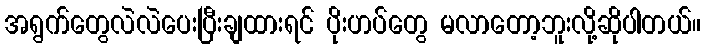
အရွက်တွေလဲလဲပေးပြီးချထားရင် ပိုးဟပ်တွေ မလာတော့ဘူးလို့ဆိုပါတယ်။